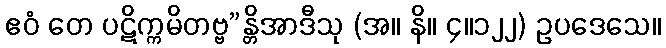
ဧဝံ တေ ပဋိက္ကမိတဗ္ဗ”န္တိအာဒီသု (အ။ နိ။ ၄။၁၂၂) ဥပဒေသေ။